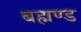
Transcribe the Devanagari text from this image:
बह्मण्ड